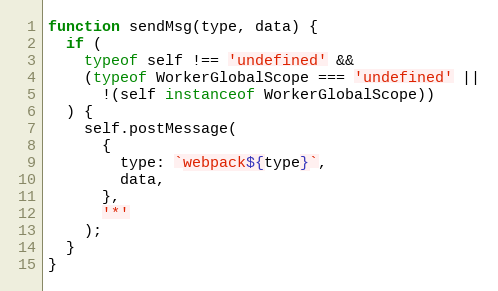
Language: JavaScript
function sendMsg(type, data) {
  if (
    typeof self !== 'undefined' &&
    (typeof WorkerGlobalScope === 'undefined' ||
      !(self instanceof WorkerGlobalScope))
  ) {
    self.postMessage(
      {
        type: `webpack${type}`,
        data,
      },
      '*'
    );
  }
}